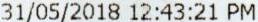
31/05/2018 12:43:21 PM